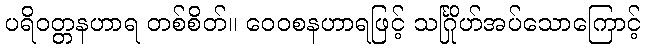
ပရိဝတ္တနဟာရ တစ်စိတ်။ ဝေဝစနဟာရဖြင့် သင်္ဂြိုဟ်အပ်သောကြောင့်